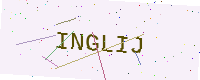
Text: INGLIJ